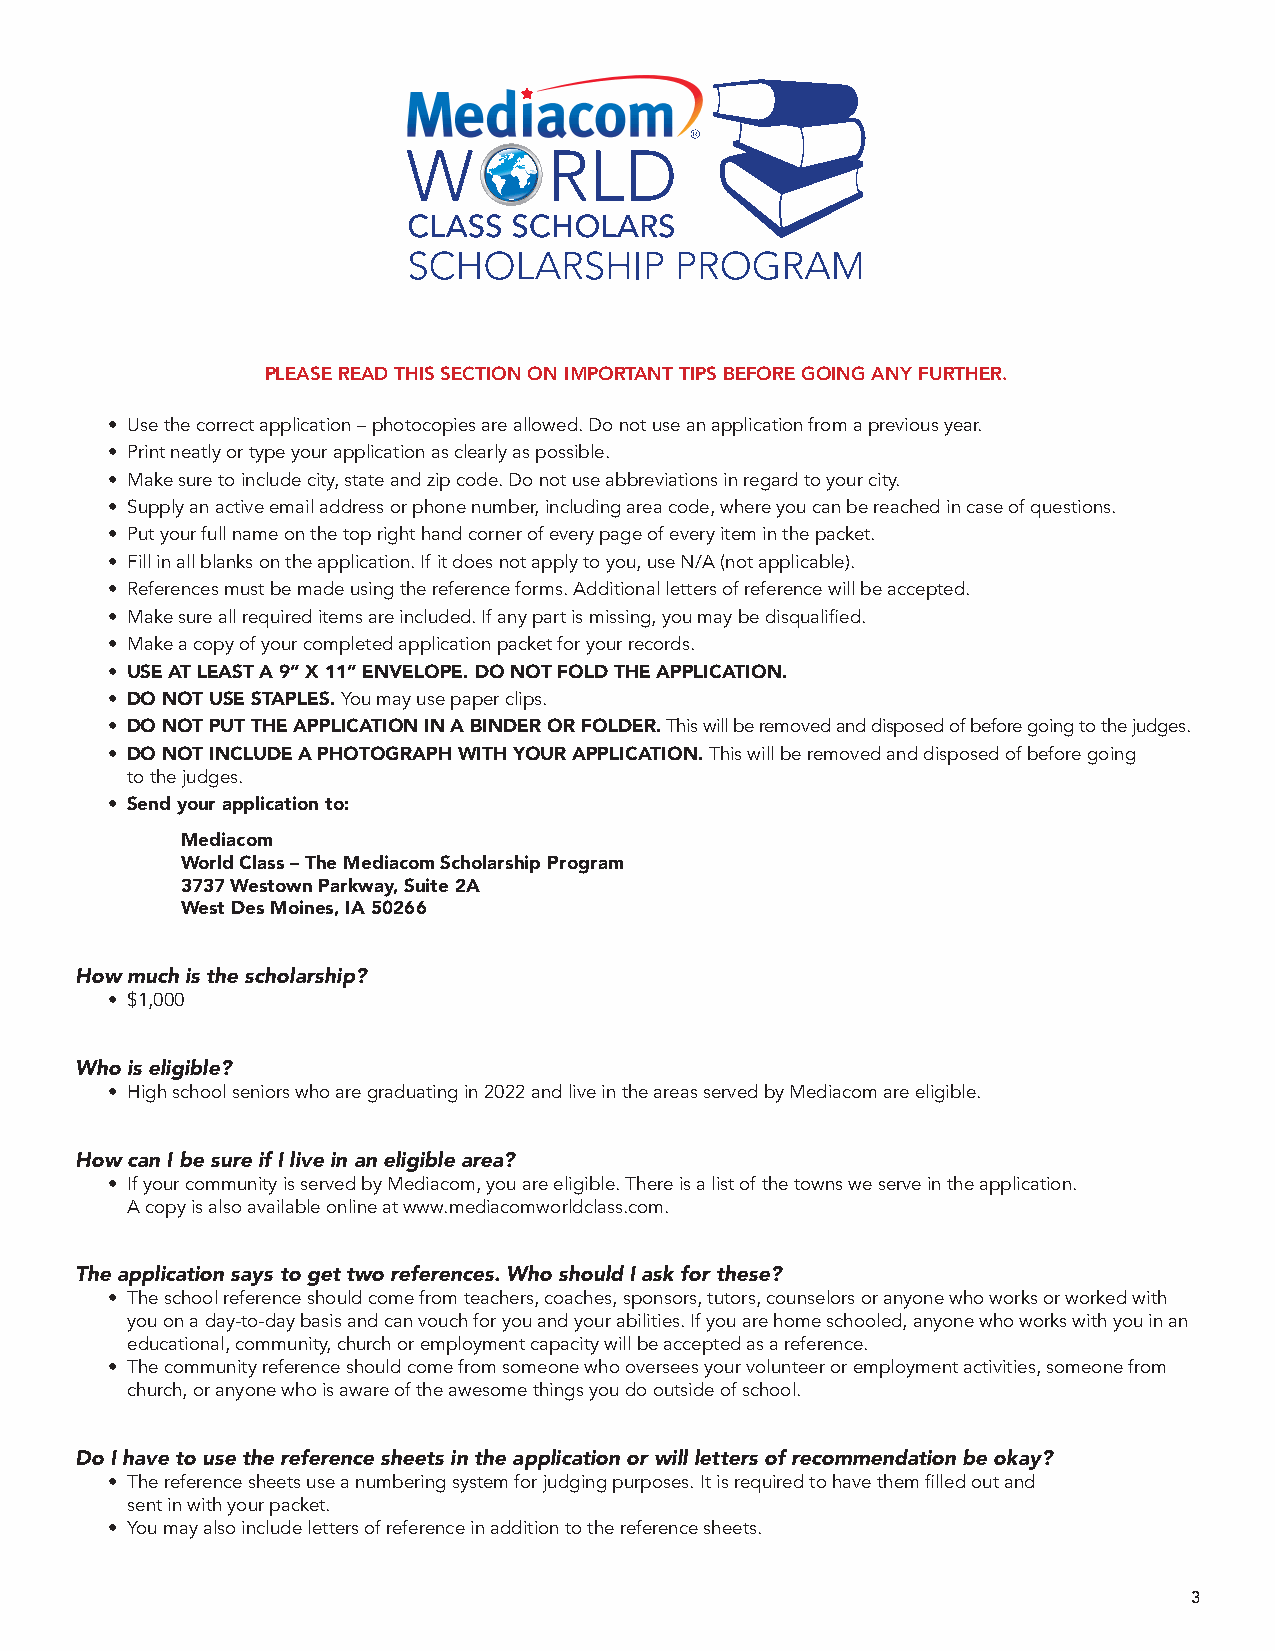
PLEASE READ THIS SECTION ON IMPORTANT TIPS BEFORE GOING ANY FURTHER.
 • Use the correct application – photocopies are allowed. Do not use an application from a previous year.
 • Print neatly or type your application as clearly as possible.
 • Make sure to include city, state and zip code. Do not use abbreviations in regard to your city.
 • Supply an active email address or phone number, including area code, where you can be reached in case of questions.
 • Put your full name on the top right hand corner of every page of every item in the packet.
 • Fill in all blanks on the application. If it does not apply to you, use N/A (not applicable).
 • References must be made using the reference forms. Additional letters of reference will be accepted.
 • Make sure all required items are included. If any part is missing, you may be disqualified.
 • Make a copy of your completed application packet for your records.
 • USE AT LEAST A 9” X 11” ENVELOPE. DO NOT FOLD THE APPLICATION.
 • DO NOT USE STAPLES. You may use paper clips.
 • DO NOT PUT THE APPLICATION IN A BINDER OR FOLDER. This will be removed and disposed of before going to the judges.
 • DO NOT INCLUDE A PHOTOGRAPH WITH YOUR APPLICATION. This will be removed and disposed of before going
 to the judges.
 • Send your application to:
 Mediacom
 World Class – The Mediacom Scholarship Program
 3737 Westown Parkway, Suite 2A
 West Des Moines, IA 50266
 How much is the scholarship?
 • $1,000
 Who is eligible?
 • High school seniors who are graduating in 2022 and live in the areas served by Mediacom are eligible.
 How can I be sure if I live in an eligible area?
 • If your community is served by Mediacom, you are eligible. There is a list of the towns we serve in the application.
 A copy is also available online at www.mediacomworldclass.com.
 The application says to get two references. Who should I ask for these?
 • The school reference should come from teachers, coaches, sponsors, tutors, counselors or anyone who works or worked with
 you on a day-to-day basis and can vouch for you and your abilities. If you are home schooled, anyone who works with you in an
 educational, community, church or employment capacity will be accepted as a reference.
 • The community reference should come from someone who oversees your volunteer or employment activities, someone from
 church, or anyone who is aware of the awesome things you do outside of school.
 Do I have to use the reference sheets in the application or will letters of recommendation be okay?
 • The reference sheets use a numbering system for judging purposes. It is required to have them filled out and
 sent in with your packet.
 • You may also include letters of reference in addition to the reference sheets.
 3